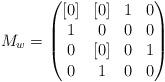
LaTeX: \begin{align*}M_w=\begin{pmatrix}[0]&[0]&1&0\\1&0&0&0\\0&[0]&0&1\\0&1&0&0\end{pmatrix}\end{align*}